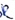
Text: R